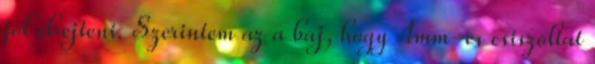
jól elrejteni. Szerintem az a baj, hogy 4mm-es csiszoltat